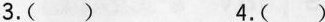
3.( ) 4.( )